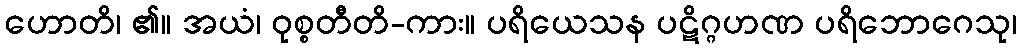
ဟောတိ၊ ၏။ အယံ၊ ဝုစ္စတီတိ-ကား။ ပရိယေသန ပဋိဂ္ဂဟဏ ပရိဘောဂေသု၊